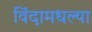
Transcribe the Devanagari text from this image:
विंदामधल्या